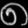
Digit: ၈